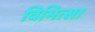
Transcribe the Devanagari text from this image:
विभित्सा